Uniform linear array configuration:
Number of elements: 24
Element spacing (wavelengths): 0.25
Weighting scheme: hann
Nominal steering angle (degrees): -60
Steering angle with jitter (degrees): -61.786
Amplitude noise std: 0.05
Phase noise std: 0.05

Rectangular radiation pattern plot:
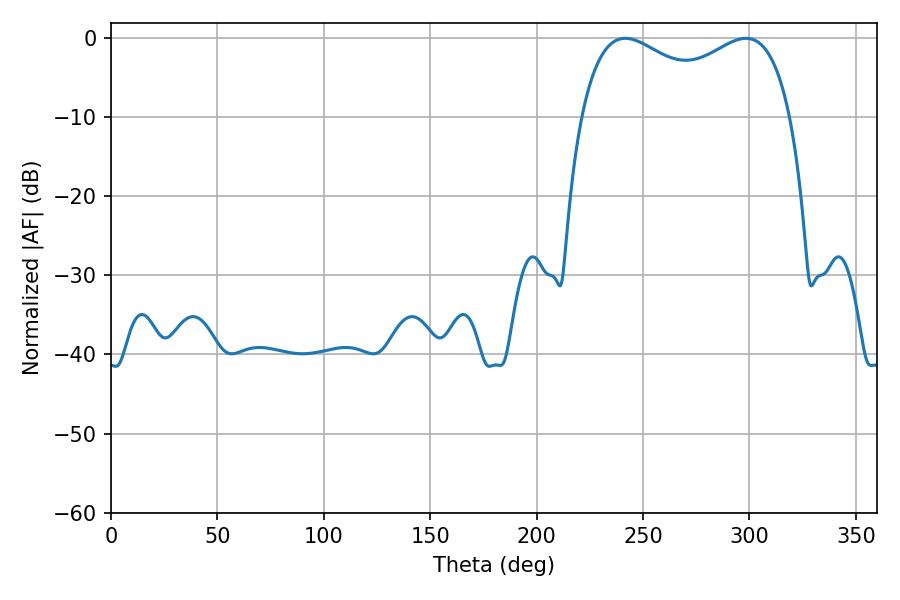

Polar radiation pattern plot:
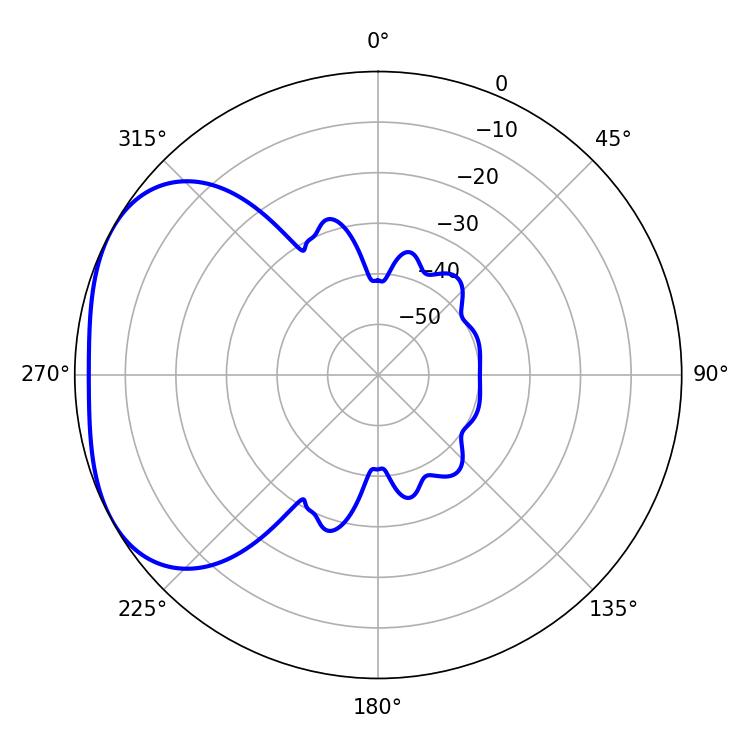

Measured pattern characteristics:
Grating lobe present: FALSE
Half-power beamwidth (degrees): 82.08
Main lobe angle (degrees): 241.56